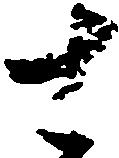
さ